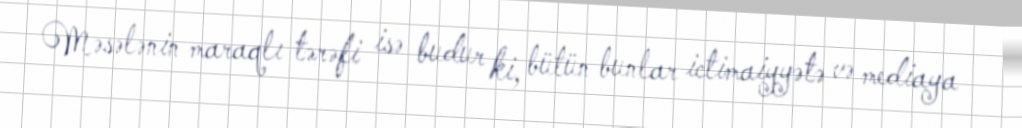
Məsələnin maraqlı tərəfi isə budur ki, bütün bunlar ictimaiyyətə və mediaya